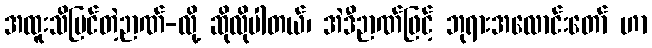
အထူးသိမြင်တဲ့ဉာဏ်-လို့ ဆိုလိုပါတယ်၊ အဲဒီဉာဏ်ဖြင့် ဘုရားအလောင်းတော် ဟာ